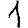
Digit: 1